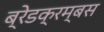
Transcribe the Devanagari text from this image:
ब्रेडक्रम्बस